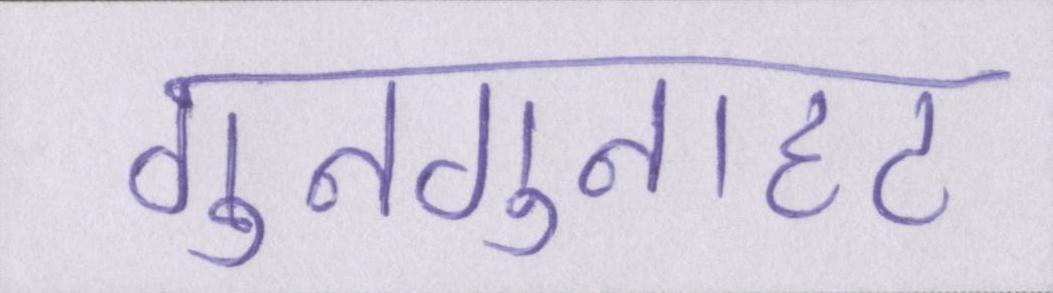
गुनगुनाहट